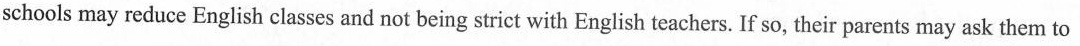
schools may reduce English classes and not being strict with English teachers. If so, their parents may ask them to